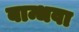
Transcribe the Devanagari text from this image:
बान्धवा